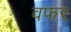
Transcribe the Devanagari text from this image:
वफर